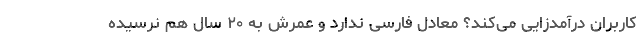
کاربران درآمدزایی می‌کند؟ معادل فارسی ندارد و عمرش به ۲۰ سال هم نرسیده